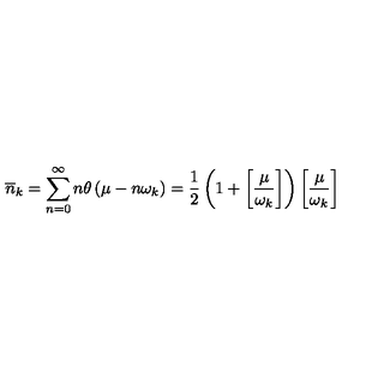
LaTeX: \overline { { n } } _ { k } = \sum _ { n = 0 } ^ { \infty } n \theta \left( \mu - n \omega _ { k } \right) = \frac { 1 } { 2 } \left( 1 + \left[ \frac { \mu } { \omega _ { k } } \right] \right) \left[ \frac { \mu } { \omega _ { k } } \right] \,